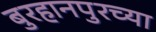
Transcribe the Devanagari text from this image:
बुरहानपुरच्या